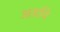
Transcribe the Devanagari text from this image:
अडवि